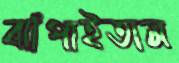
ঝাঁপাইতাম